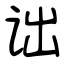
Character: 诎